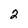
Character: 2